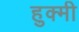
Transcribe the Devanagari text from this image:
हुक्मी